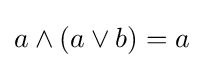
a\wedge (a\vee b)=a